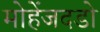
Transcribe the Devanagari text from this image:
मोहेंजदडो